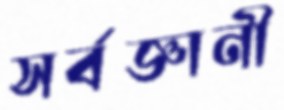
সর্বজ্ঞানী